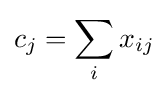
c_{j}=\sum _{i}x_{ij}